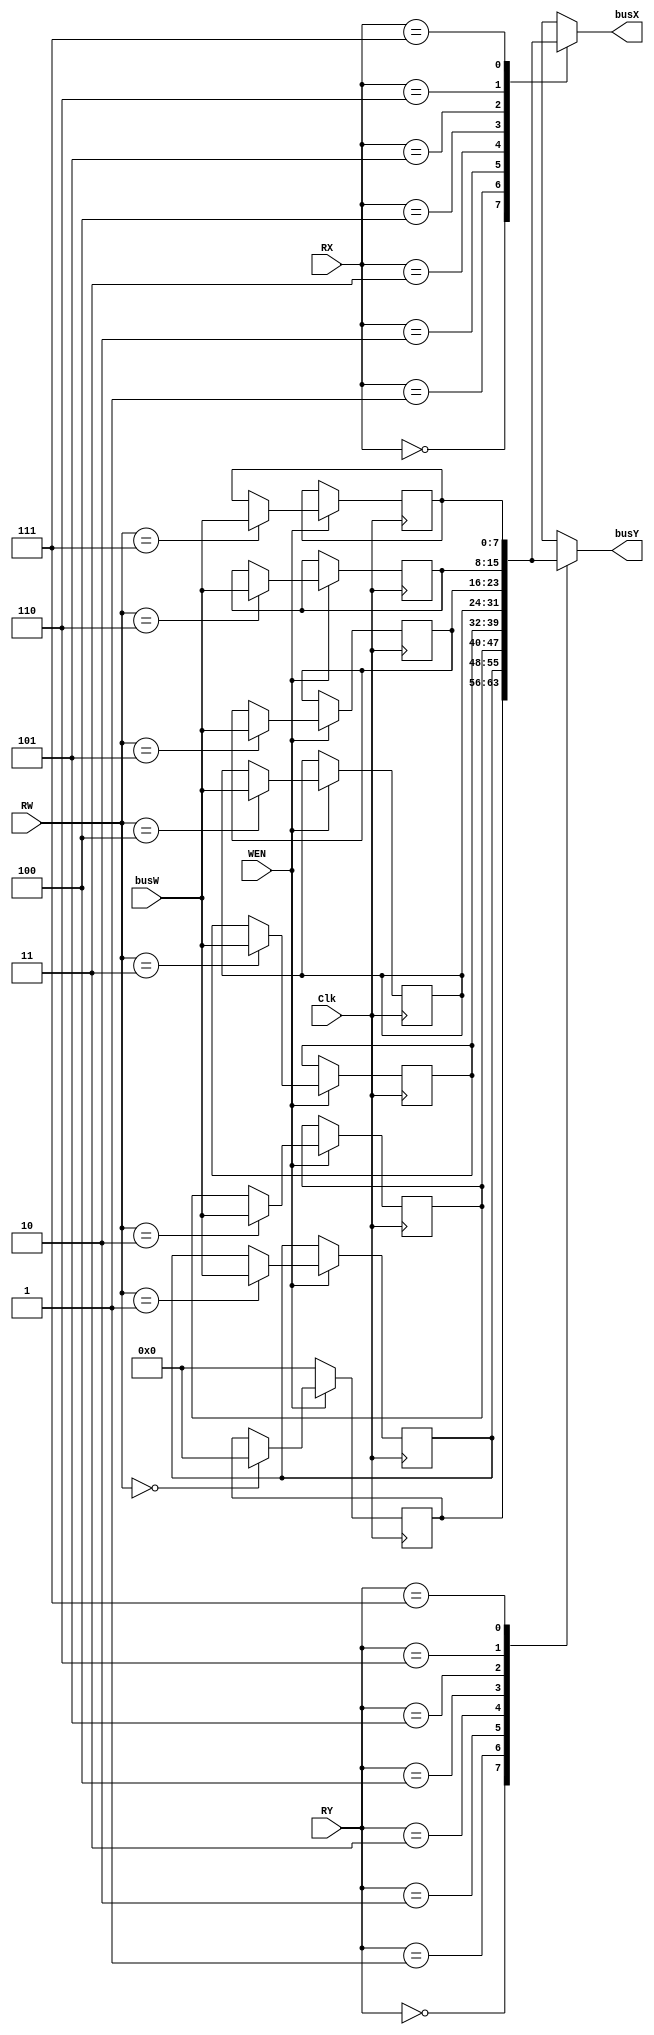
module register_file(
    Clk  ,
    WEN  ,
    RW   ,
    busW ,
    RX   ,
    RY   ,
    busX ,
    busY
);
input   	 Clk, WEN;
input  [2:0] RW, RX, RY;
input  [7:0] busW;
output [7:0] busX, busY;
    
// write your design here, you can delcare your own wires and regs. 
// The code below is just an example template
reg [7:0] r [0:7];

    
assign busX = r[RX];
assign busY = r[RY];

always@(posedge Clk) begin
	if (WEN) begin
		case (RW)
			3'b000: r[0] <= 8'b0;
			3'b001: r[1] <= busW;
			3'b010: r[2] <= busW;
			3'b011: r[3] <= busW;
			3'b100: r[4] <= busW;
			3'b101: r[5] <= busW;
			3'b110: r[6] <= busW;
			3'b111: r[7] <= busW;
			default : r[0] <= 8'b0; //3'b000
		endcase
	end
	else begin
		r[0] <= 8'b0;
		r[1] <= r[1];
		r[2] <= r[2];
		r[3] <= r[3];
		r[4] <= r[4];
		r[5] <= r[5];
		r[6] <= r[6];
		r[7] <= r[7];
	end
end	

endmodule